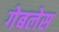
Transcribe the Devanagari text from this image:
गेबलेस